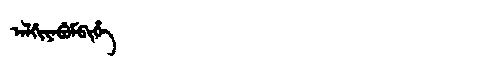
Manchu: ᠠᠯᡤᡳᠶᠠᠪᡠᠮᠪᡳᡥᡝ
Romanization: ALGIYABUMBIHE